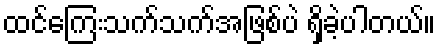
ထင်ကြေးသက်သက်အဖြစ်ပဲ ရှိခဲ့ပါတယ်။